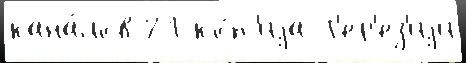
кана́лов 21 ко́п'иjа Т'ер'ез'иjи